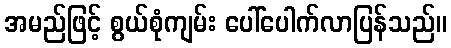
အမည်ဖြင့် စွယ်စုံကျမ်း ပေါ်ပေါက်လာပြန်သည်။